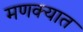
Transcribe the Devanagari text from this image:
मणक्‍यात